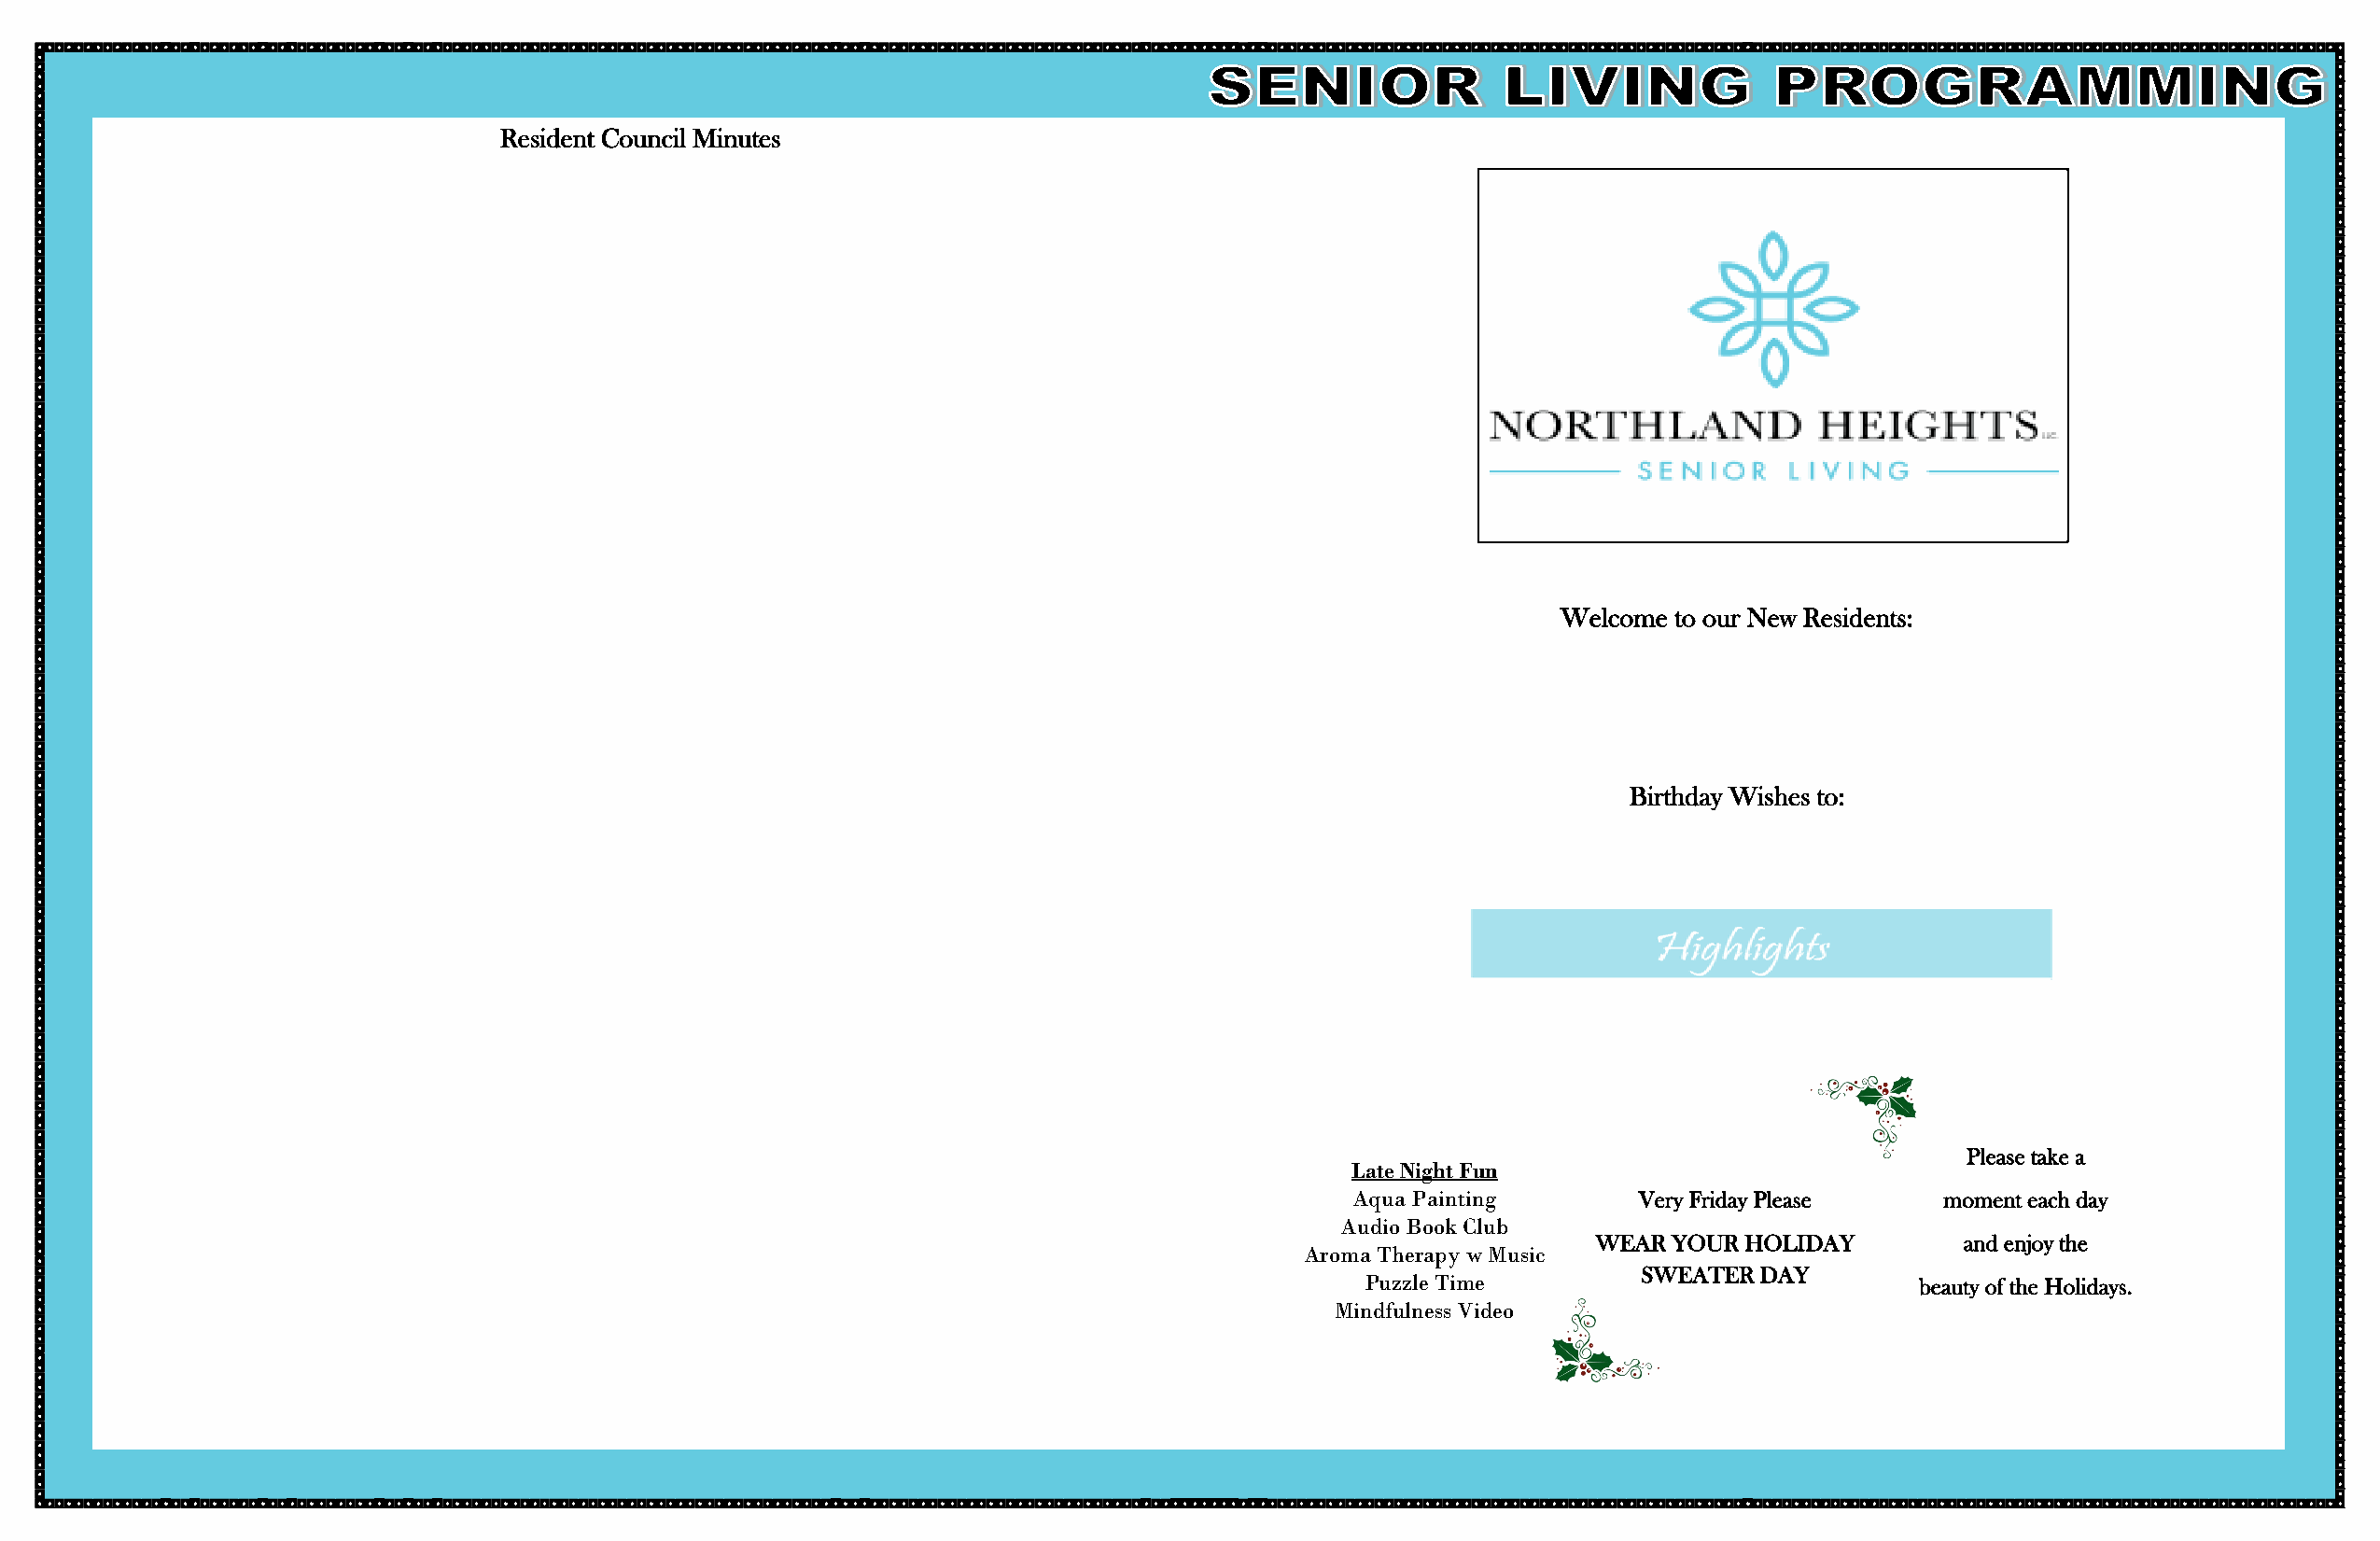
Resident Council Minutes
 Welcome to our New Residents:
 Birthday Wishes to:
 Please take a
 Late Night Fun
 Aqua Painting       Very Friday Please    moment each day
 Audio Book Club
 WEAR  YOUR HOLIDAY        and enjoy the
 Aroma Therapy w Music
 SWEATER  DAY
 Puzzle Time                            beauty of the Holidays.
 Mindfulness Video